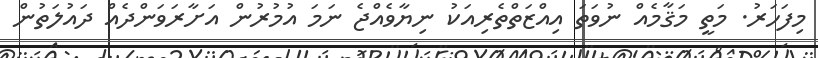
މިފަހަރު. މަތީ މަޤާމެއް ނުވަތަ އިއްޒަތްތެރިއަކު ނިޔާވެއްޖެ ނަމަ އުމުރުން އަށާރަވަންދެއް ދައުލަތުން